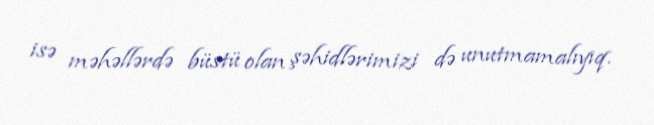
isə məhəllərdə büstü olan şəhidlərimizi də unutmamalıyıq.